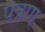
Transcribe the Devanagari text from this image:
पत्रण